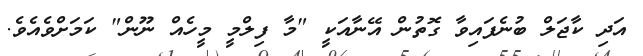
އަދި ކާޖަލް ބުނެފައިވާ ގޮތުން އޭނާއަކީ "މާ ފިލްމީ މީހެއް ނޫން" ކަމަށްވެއެވެ.